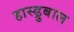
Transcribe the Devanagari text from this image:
हास्ड्रुबाल